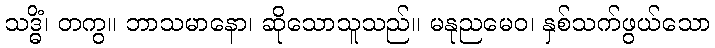
သဒ္ဓိံ၊ တကွ။ ဘာသမာနော၊ ဆိုသောသူသည်။ မနုညမေဝ၊ နှစ်သက်ဖွယ်သော